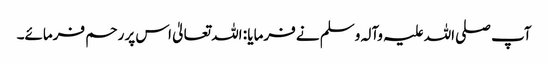
آپ صلی اللہ علیہ وآلہ وسلم نے فرمایا : اللہ تعالیٰ اس پر رحم فرمائے۔